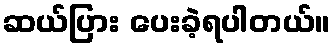
ဆယ်ပြား ပေးခဲ့ရပါတယ်။